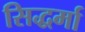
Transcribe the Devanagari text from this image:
सिद्धर्मा